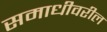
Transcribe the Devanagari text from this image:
समाधीवरील